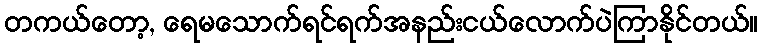
တကယ်တော့, ရေမသောက်ရင်ရက်အနည်းငယ်လောက်ပဲကြာနိုင်တယ်။